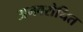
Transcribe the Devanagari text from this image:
अनवरोधित